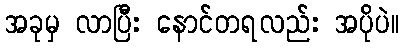
အခုမှ လာပြီး နောင်တရလည်း အပိုပဲ။